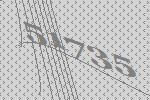
51735